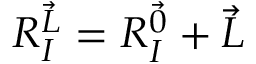
R _ { I } ^ { \vec { L } } = R _ { I } ^ { \vec { 0 } } + \vec { L }